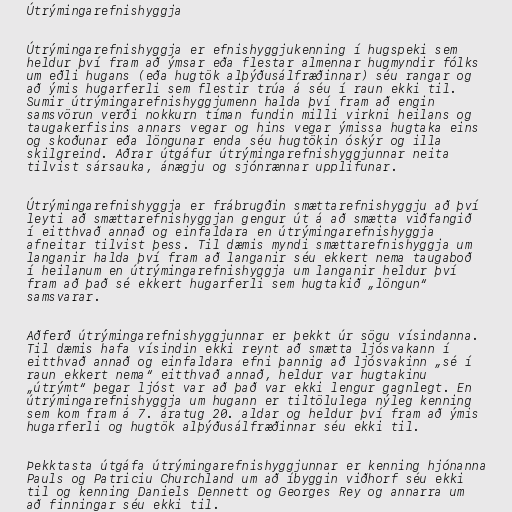
Útrýmingarefnishyggja

Útrýmingarefnishyggja er efnishyggjukenning í hugspeki sem
heldur því fram að ýmsar eða flestar almennar hugmyndir fólks
um eðli hugans (eða hugtök alþýðusálfræðinnar) séu rangar og
að ýmis hugarferli sem flestir trúa á séu í raun ekki til.
Sumir útrýmingarefnishyggjumenn halda því fram að engin
samsvörun verði nokkurn tíman fundin milli virkni heilans og
taugakerfisins annars vegar og hins vegar ýmissa hugtaka eins
og skoðunar eða löngunar enda séu hugtökin óskýr og illa
skilgreind. Aðrar útgáfur útrýmingarefnishyggjunnar neita
tilvist sársauka, ánægju og sjónrænnar upplifunar.

Útrýmingarefnishyggja er frábrugðin smættarefnishyggju að því
leyti að smættarefnishyggjan gengur út á að smætta viðfangið
í eitthvað annað og einfaldara en útrýmingarefnishyggja
afneitar tilvist þess. Til dæmis myndi smættarefnishyggja um
langanir halda því fram að langanir séu ekkert nema taugaboð
í heilanum en útrýmingarefnishyggja um langanir heldur því
fram að það sé ekkert hugarferli sem hugtakið „löngun“
samsvarar.

Aðferð útrýmingarefnishyggjunnar er þekkt úr sögu vísindanna.
Til dæmis hafa vísindin ekki reynt að smætta ljósvakann í
eitthvað annað og einfaldara efni þannig að ljósvakinn „sé í
raun ekkert nema“ eitthvað annað, heldur var hugtakinu
„útrýmt“ þegar ljóst var að það var ekki lengur gagnlegt. En
útrýmingarefnishyggja um hugann er tiltölulega nýleg kenning
sem kom fram á 7. áratug 20. aldar og heldur því fram að ýmis
hugarferli og hugtök alþýðusálfræðinnar séu ekki til.

Þekktasta útgáfa útrýmingarefnishyggjunnar er kenning hjónanna
Pauls og Patriciu Churchland um að íbyggin viðhorf séu ekki
til og kenning Daniels Dennett og Georges Rey og annarra um
að finningar séu ekki til.